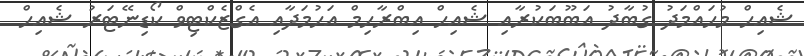
ޝެއިހް މުހައްމަދު ގުބާދު އަބޫބަކުރާއި ޝެއިހް އިބްރާހިމް އަހުމަދާއި އެގްޒެކްޓިވް ކޯޑިނޭޓަރު ޝެއިހް